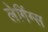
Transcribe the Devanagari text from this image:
लेगिंग्स